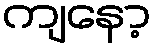
ကျနော့